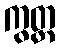
ကွတ္ထ